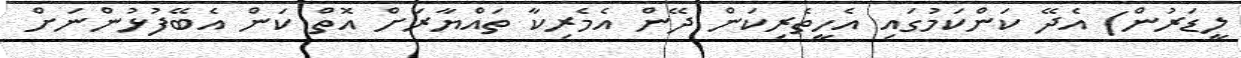
ލީޑަރުން) އެދޭ ކަންކަމުގައި އެހީތެރިކަން ދޭން އެމެރިކާ ތައްޔާރަށް އޮތް ކަން އެބޭފުޅުންނަށް